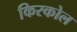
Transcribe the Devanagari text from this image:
किरकोल